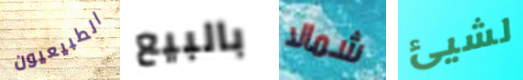
الطبيعيون بالبيع شمالا لشيئ